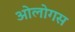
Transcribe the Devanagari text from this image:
ओलोगस